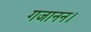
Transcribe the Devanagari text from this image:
गजानन।